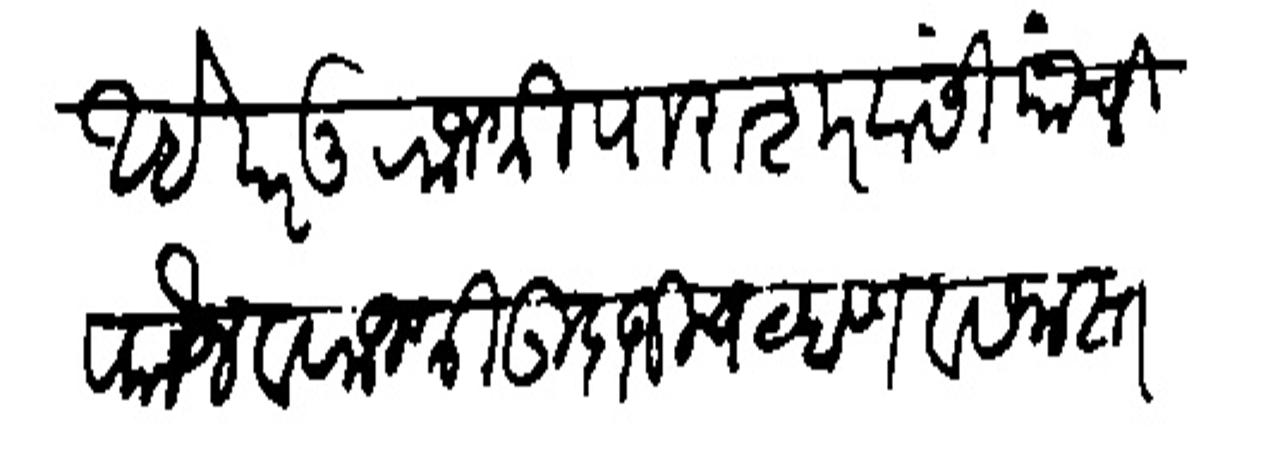
Transliteration (Devanagari): आहे परंतु राजश्री पाराशरवांसी यांची फौज व राजश्री उदाजी चव्हाण व समस्त